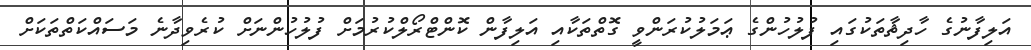
އަލިފާނުގެ ހާދިޘާތަކުގައި ފުލުހުންގެ ޢަމަލުކުރަންވީ ގޮތްތަކާއި އަލިފާން ކޮންޓްރޯލްކުރުމަށް ފުލުހުންނަށް ކުރެވިދާނެ މަސައްކަތްތަކަށް